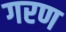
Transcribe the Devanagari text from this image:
गरण